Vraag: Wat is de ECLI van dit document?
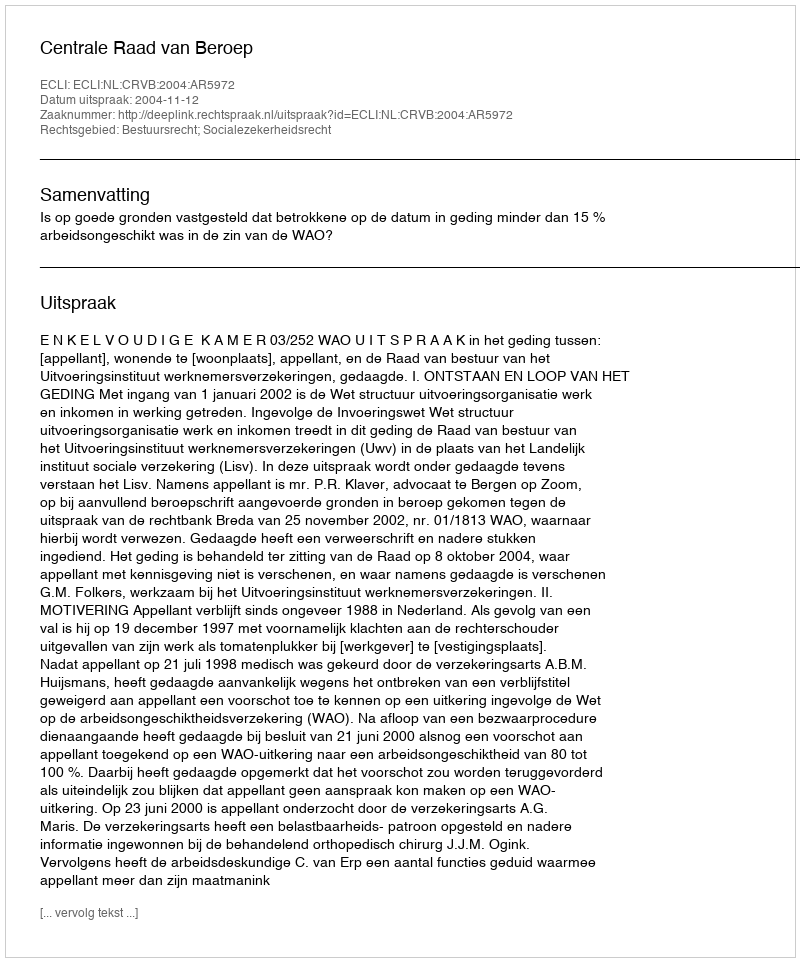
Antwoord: ECLI:NL:CRVB:2004:AR5972